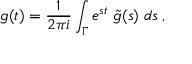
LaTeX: g ( t ) = \frac { 1 } { 2 \pi i } \int _ { \Gamma } e ^ { s t } \; \tilde { g } ( s ) \; d s \; ,